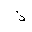
Letter: _thal